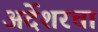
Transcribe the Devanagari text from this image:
अर्देशरचा